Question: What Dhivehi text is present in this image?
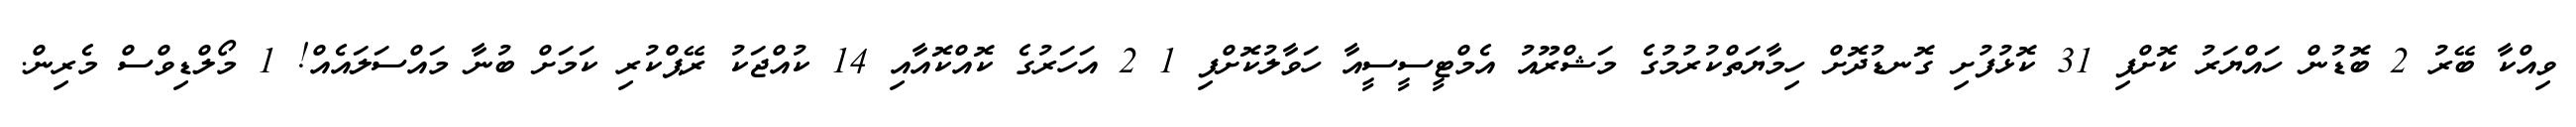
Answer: ވިއްކާ ބޭރު 2 ބޮޑުން ހައްޔަރު ކޮށްފި 31 ކޮޅުފުށި ގޮނޑުދޮށް ހިމާޔަތްކުރުމުގެ މަޝްރޫއު އެމްޓީސީސީއާ ހަވާލުކޮށްފި 1 2 އަހަރުގެ ކޮއްކޮއާއި 14 ކުއްޖަކު ރޭޕްކުރި ކަމަށް ބުނާ މައްސަލައެއް! 1 މޯލްޑިވްސް މެރިން.